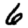
Digit: 6